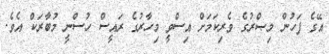
އޭގެ ފަހުން މިޞްރުގެ ވެރިކަމަށް އިސްވީ މިހާރުގެ ރައީސް ހުސްނީ މުބާރަކް އެވެ.